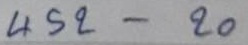
452 - 20